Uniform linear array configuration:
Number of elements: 32
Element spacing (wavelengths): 0.25
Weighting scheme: kaiser
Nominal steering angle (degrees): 0
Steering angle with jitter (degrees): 1.851
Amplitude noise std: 0.05
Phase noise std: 0.05

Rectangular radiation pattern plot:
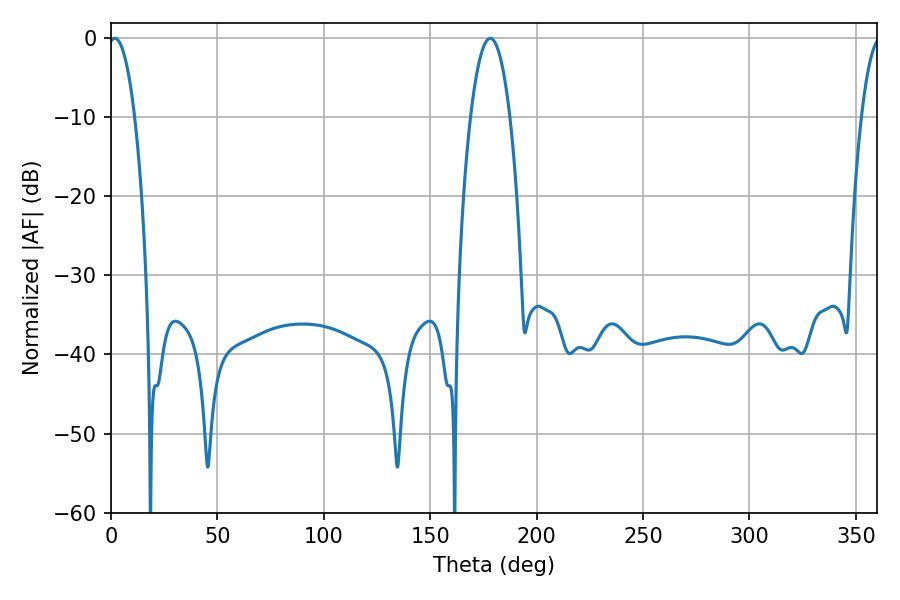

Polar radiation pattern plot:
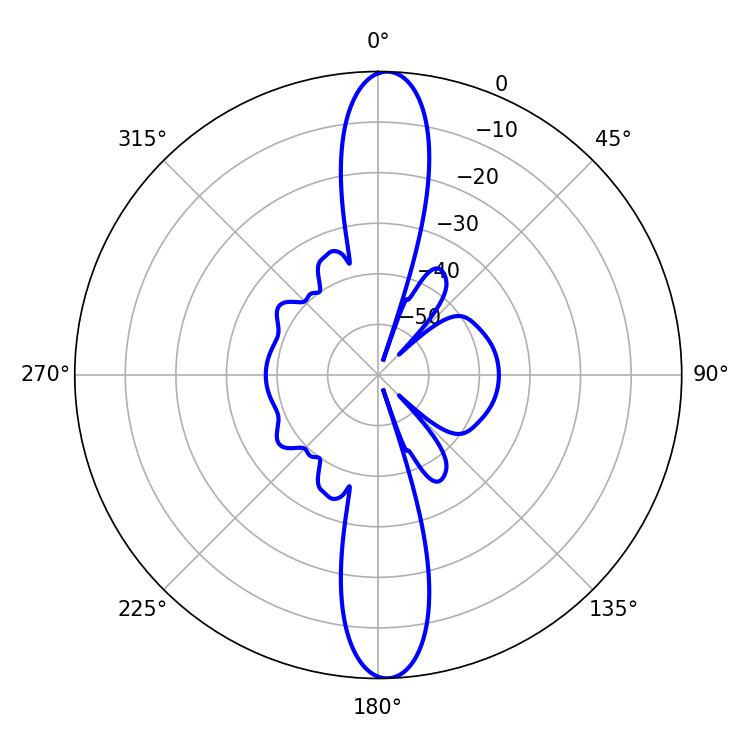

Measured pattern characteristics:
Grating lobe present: FALSE
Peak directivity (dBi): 22.185
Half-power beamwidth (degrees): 10.44
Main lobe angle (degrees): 178.2